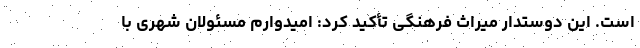
است. این دوستدار میراث فرهنگی تأکید کرد: امیدوارم مسئولانِ شهری با